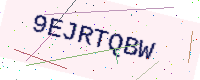
Text: 9EJRTQBW